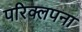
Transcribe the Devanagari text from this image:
परिक्लपना